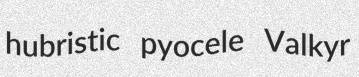
hubristic pyocele Valkyr